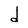
Character: d